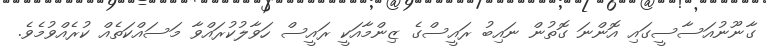
ގާނޫނުއަސާސީގައި އޮންނަ ގޮތުން ނައިބު ރައީސްގެ ޒިންމާއަކީ ރައީސް ހަވާލުކުރައްވާ މަސައްކަތެއް ކުރެއްވުމެވެ.